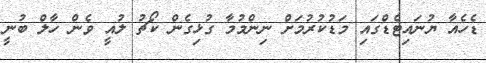
ޑެހެއާ ޔުނައިޓެޑްގައި މަޑުކުރުމަށް ނިންމުމާ ގުޅިގެން ކޯޗު ލުއީ ވެން ހާލް ބުނީ